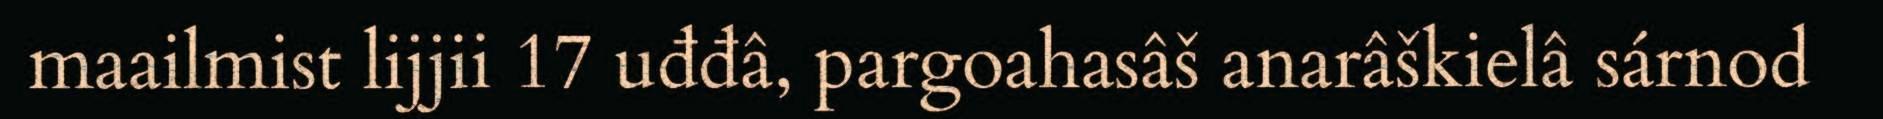
maailmist lijjii 17 uđđâ, pargoahasâš anarâškielâ sárnod